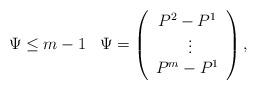
LaTeX: \begin{align*}\,\Psi\leq m-1\ \,\ \Psi=\left(\begin{array}{c}P^2-P^1\\\ \vdots\\P^m-P^1\end{array}\right),\end{align*}